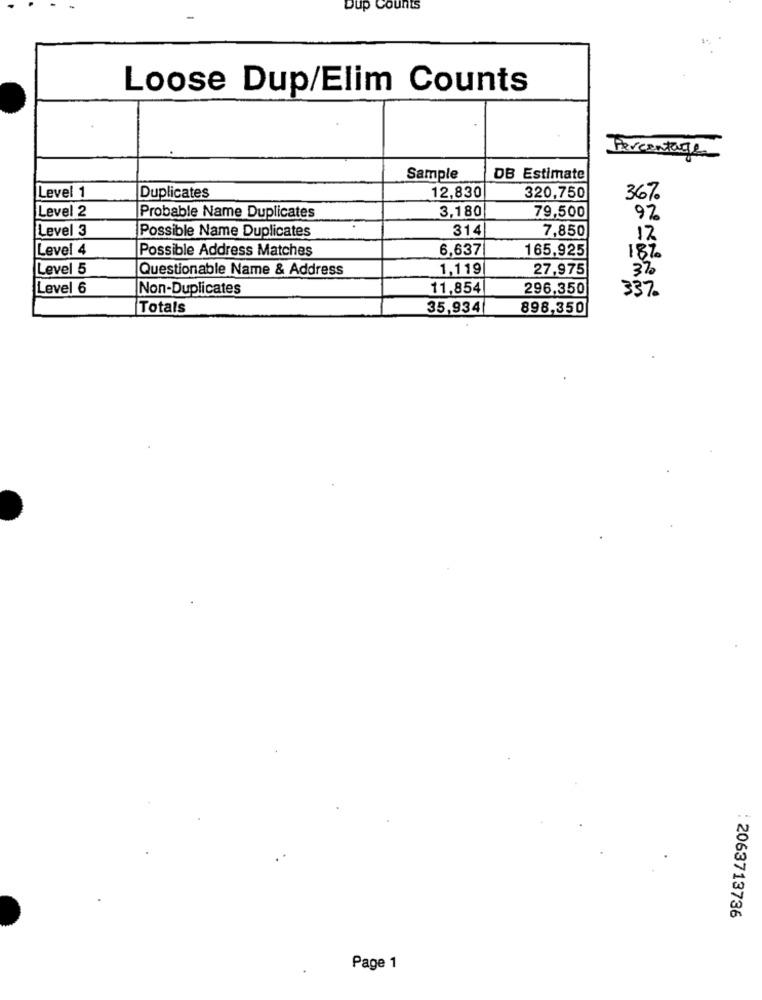
Dup Counts
Loose Dup/Elim Counts
Percentage
Sample
DB Estimate
Level 1
Duplicates
12,830
320,750
36%.
Level 2
3,180
79,500
Probable Name Duplicates
92
Level 3
Possible Name Duplicates
314
7,850
12
Level 4
Possible Address Matches
6,637
165,925
18%.
Level 5
Questionable Name & Address
1,119
27,975
37
Level 6
Non-Duplicates
11,854
296,350
337.
Totals
35,934
898,350
: 2063713736
Page 1